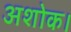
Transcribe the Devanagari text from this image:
अशोक।